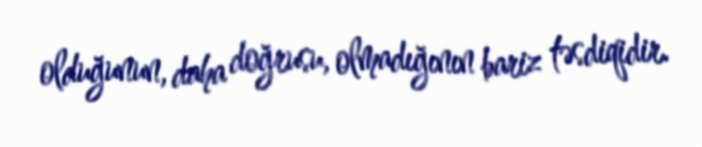
olduğunun, daha doğrusu, olmadığının bariz təsdiqidir.